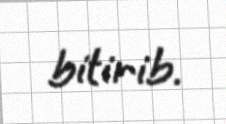
bitirib.